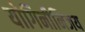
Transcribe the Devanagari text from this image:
योगिनीनिजय